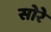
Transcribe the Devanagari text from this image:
सोरे